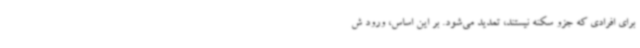
برای افرادی که جزو سکنه نیستند، تمدید می‌شود. بر این اساس، ورود ش